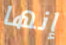
إنها